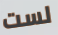
لست